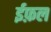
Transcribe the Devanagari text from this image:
ईफ़ल